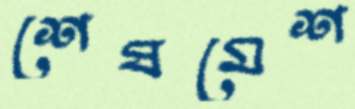
শেষমেশ